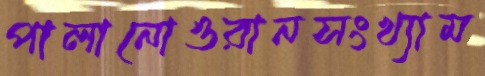
পালানোওরানসংখ্যাম